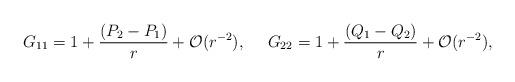
LaTeX: \begin{align*}G_{11}=1 +{{(P_2-P_1)}\over{r}} + {\cal O}(r^{-2}), \ \ \ \ G_{22}=1+ {{(Q_1-Q_2)}\over{r}} + {\cal O}(r^{-2}),\end{align*}